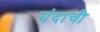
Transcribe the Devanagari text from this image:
यंदाची